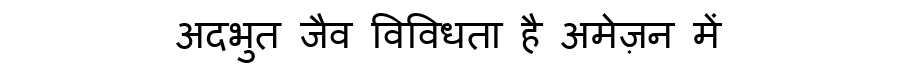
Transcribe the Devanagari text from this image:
अदभुत जैव विविधता है अमेज़न में